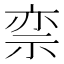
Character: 𬒵